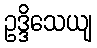
ဥဒ္ဒိသေယျ